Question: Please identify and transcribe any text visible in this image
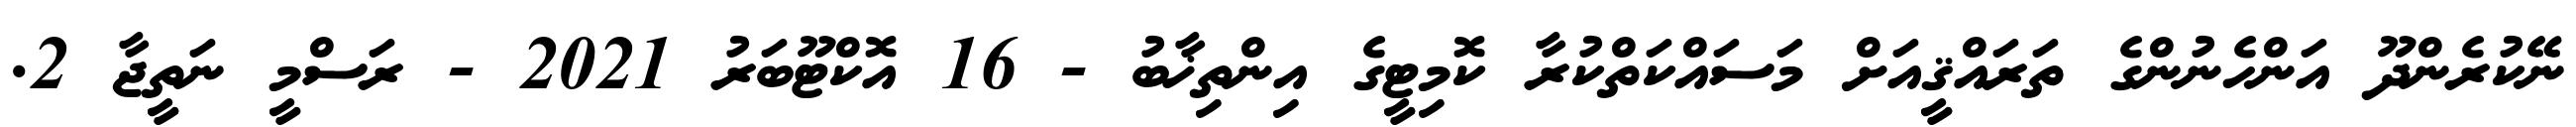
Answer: ނޭކުރެންދޫ އަންހެނުންގެ ތަރައްޤީއަށް މަސައްކަތްކުރާ ކޮމިޓީގެ އިންތިޚާބު - 16 އޮކްޓޫބަރު 2021 - ރަސްމީ ނަތީޖާ 2.